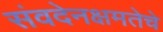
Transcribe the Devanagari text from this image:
संवदेनक्षमतेचे